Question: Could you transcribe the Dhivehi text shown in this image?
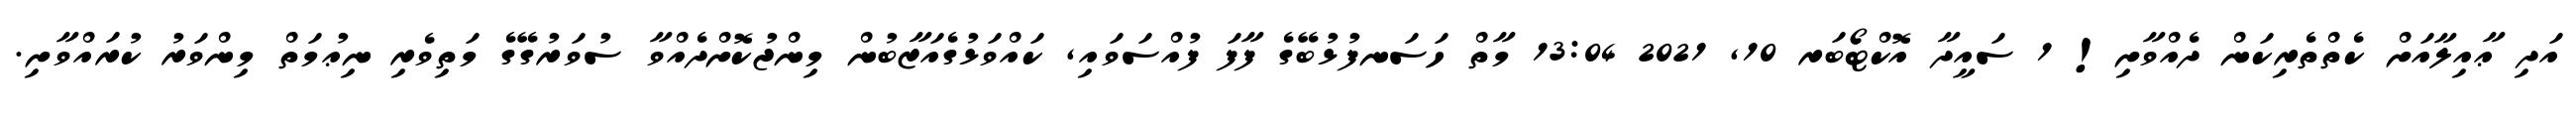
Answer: އަދި ޢާއިލާއަށް ކެތްތެރިކަން ދެއްވާށި! 1 ސައީދާ އޮކްޓޯބަރ 10, 2021 13:04 މާތް ހަސަނފުޅުބޭގެ ފާފަ ފުއްސަވައި, ކައްވަޅުގެއަޒާބުން މިންޖުކޮށްދެއްވާ ސުވަރުގޭގެ މަތިވެރި ނިޢުމަތް މިންވަރު ކުރައްވާށި.